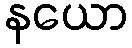
နယော